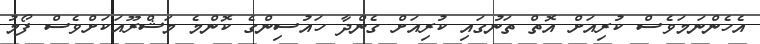
އެހެންނަމަވެސް ކުރިއަށް އޮތް ތަނުގައި ކުރިއަށް ގެންދާ ހައުސިންގެ ކޮންމެ މަޝްރޫއަކަށްވެސް ފޯމު